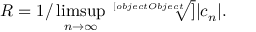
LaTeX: R = 1 / \operatorname* { l i m s u p } _ { n \rightarrow \infty } { \sqrt [ [object Object] ] { | c _ { n } | } } .